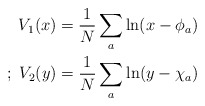
\begin{align*}V_1(x) = \frac{1}{N} \sum_a \ln(x-\phi_a) \\;\;V_2(y) = \frac{1}{N} \sum_a \ln(y-\chi_a)\end{align*}